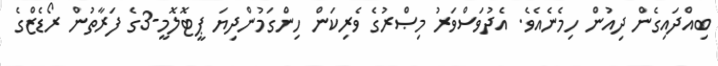
ބިއްދައިގެން ދިއުން ހިމެނެއެވެ. އެދުވަސްވަރު މިޞްރުގެ ވެރިކަން ހިންގަމުންދިޔަ ޕީޓޮލޮމީ-3ގެ ފަރާތުން ރޯޑެޒްގެ